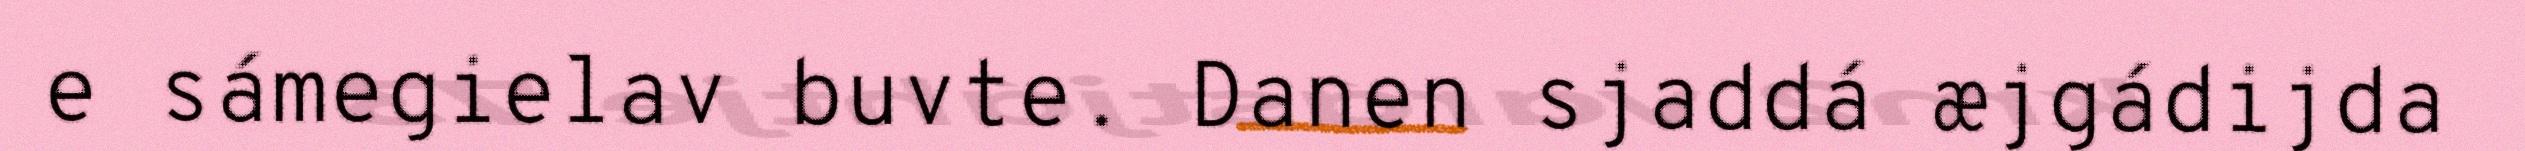
e sámegielav buvte. Danen sjaddá æjgádijda